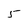
Character: 5